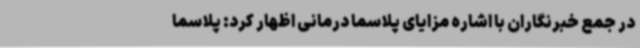
در جمع خبرنگاران با اشاره مزایای پلاسما درمانی اظهار کرد: پلاسما